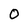
Character: 0